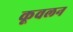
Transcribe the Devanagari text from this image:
कूवलन